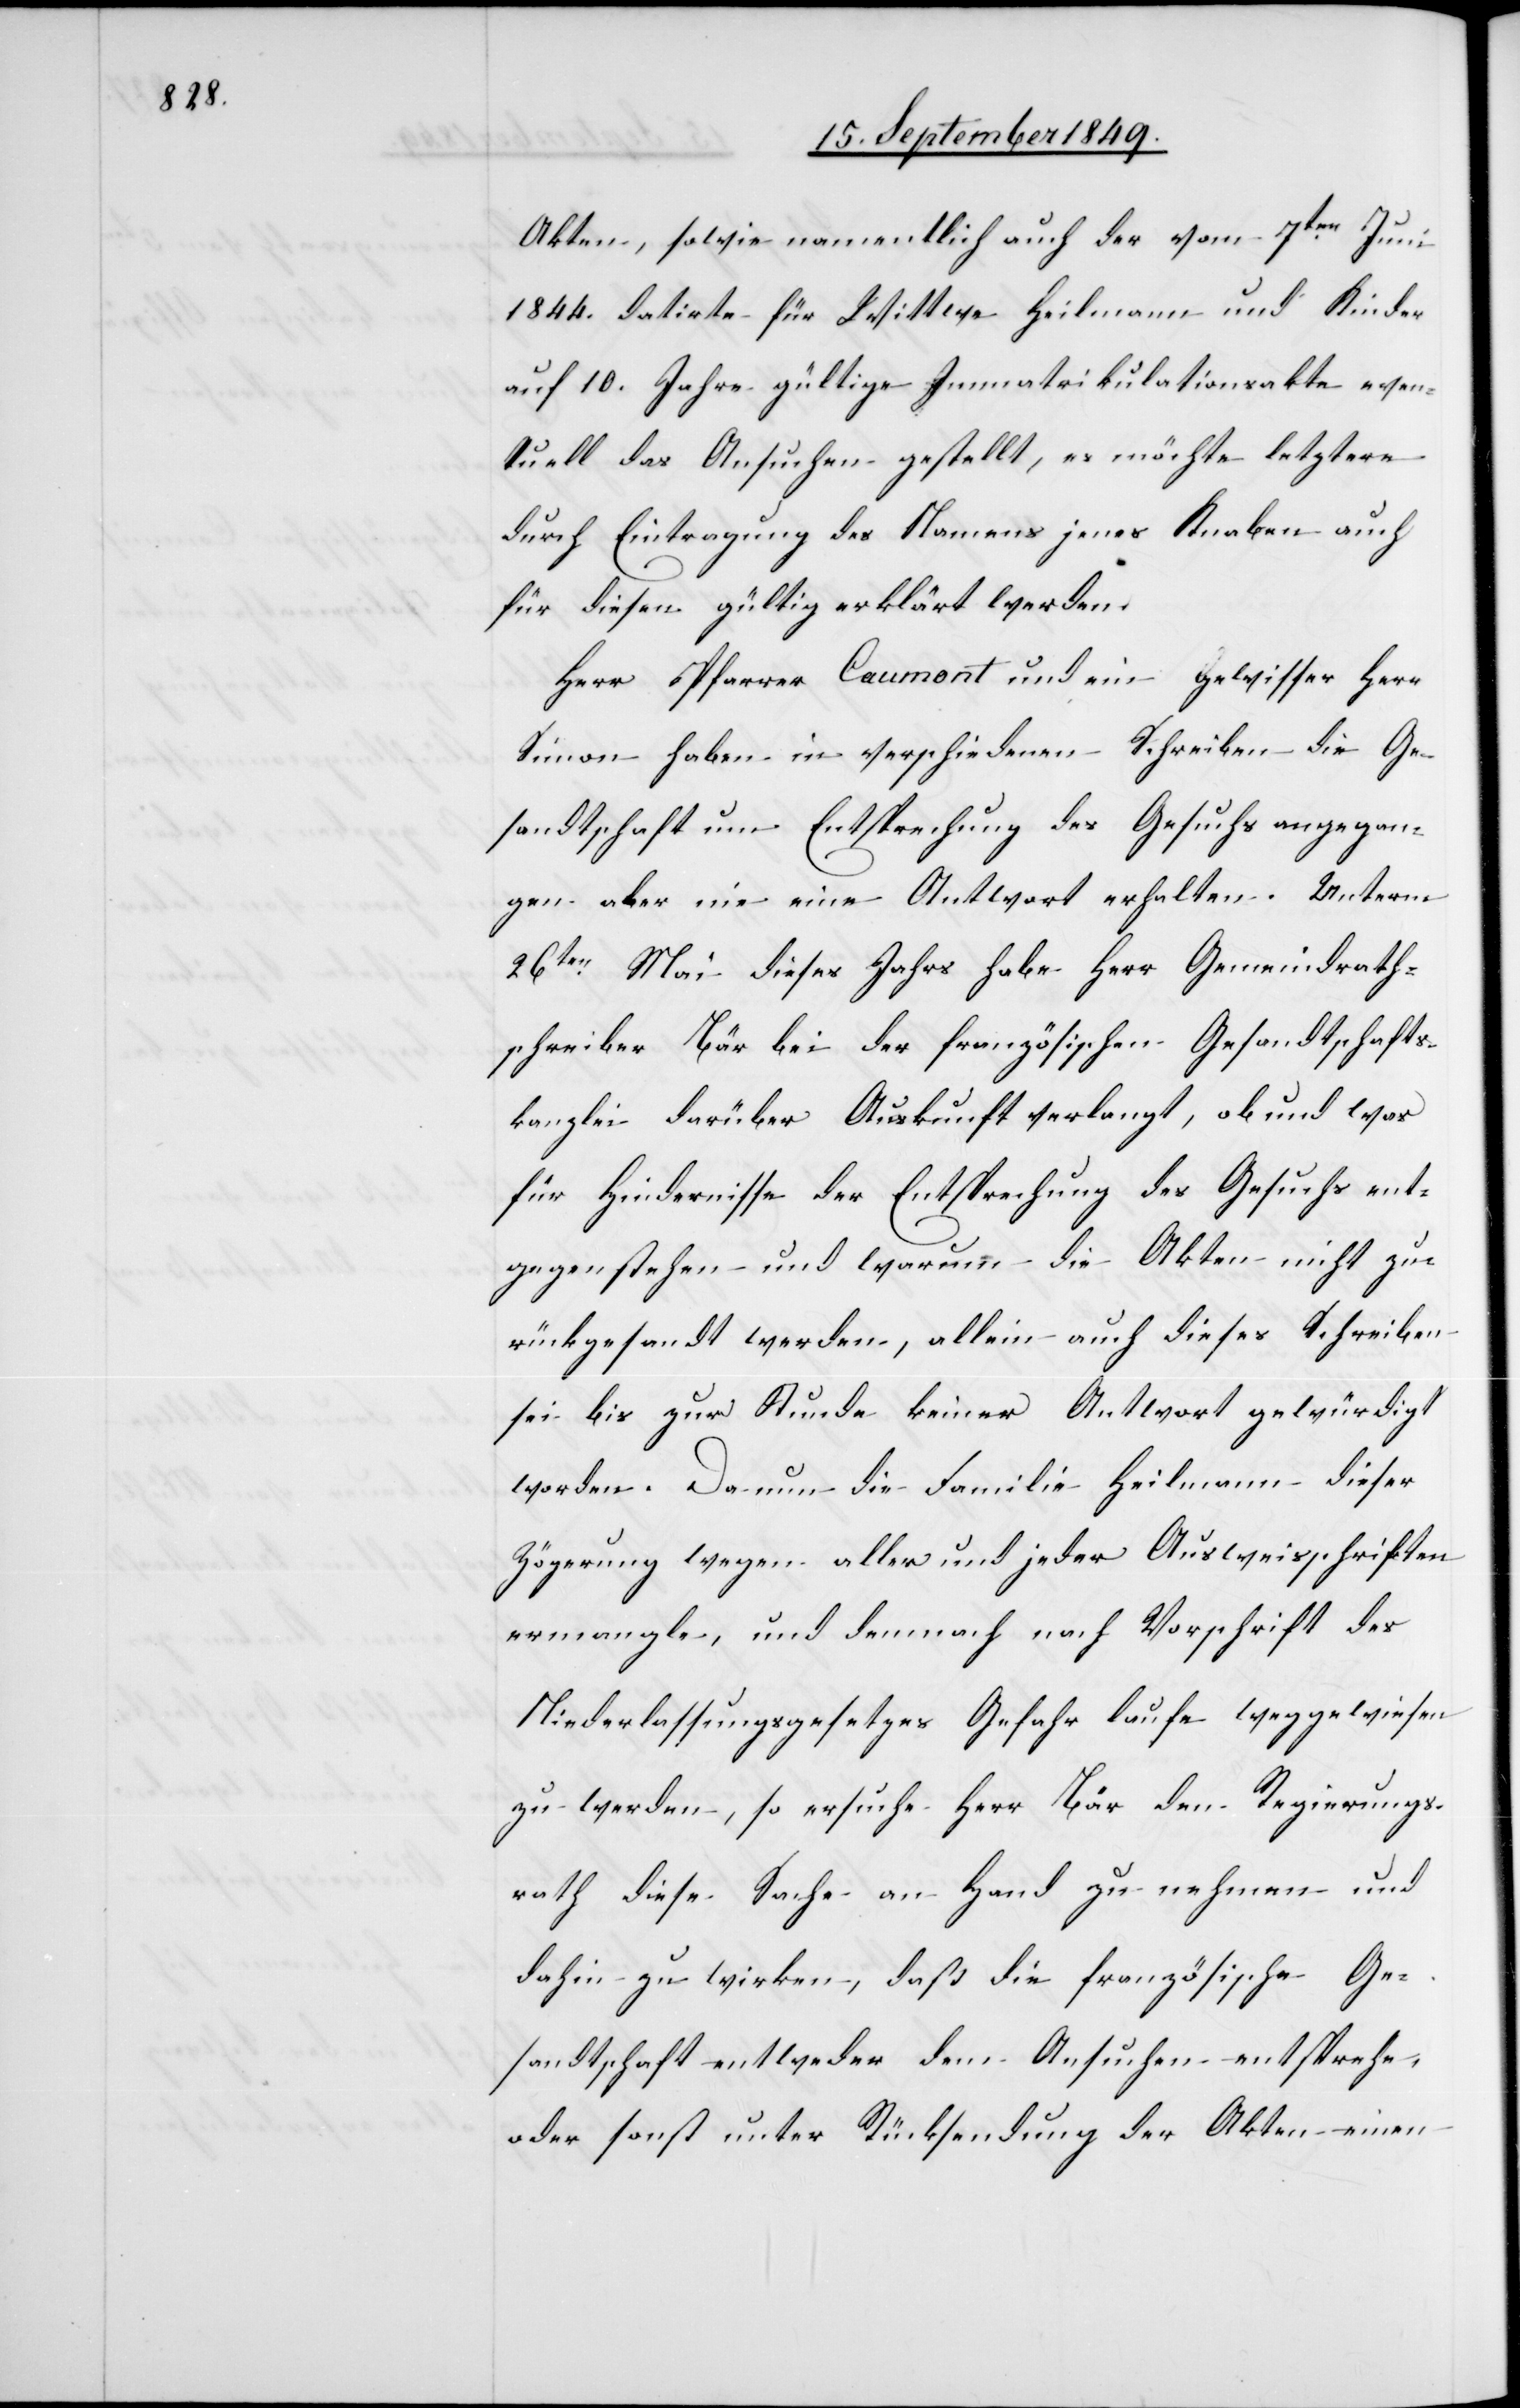
Akten, sowie namentlich auch der vom 7ten Juni
1844. datirte für Wittwe Heilmann und Kinder
auf 10. Jahre gültige Immatrikulationsakte even¬
tuell das Ansuchen gestellt, es möchte letztere
durch Eintragung des Namens jenes Knaben auch
für diesen gültig erklärt werden.
Herr Pfarrer Caumont und ein gewisser Herr
Simon haben in verschiedenen Schreiben die Ge¬
sandtschaft um Entsprechung des Gesuchs angegan¬
gen aber nie eine Antwort erhalten. Unterm
26ten Mai dieses Jahrs habe Herr Gemeindrath¬
schreiber Bär bei der französischen Gesandtschafts¬
kanzlei darüber Auskunft verlangt, ob und was
für Hindernisse der Entsprechung des Gesuchs ent¬
gegenstehen und warum die Akten nicht zu¬
rückgesandt werden, allein auch dieses Schreiben
sei bis zur Stunde keiner Antwort gewürdigt
worden. Da nun die Familie Heilmann dieser
Zögerung wegen aller und jeder Ausweisschriften
ermangle, und demnach nach Vorschrift des
Niederlassungsgesetzes Gefahr laufe weggewiesen
zu werden, so ersuche Herr Bär den Regierungs¬
rath diese Sache an Hand zu nehmen und
dahin zu wirken, daß die französische Ge¬
sandtschaft entweder dem Ansuchen entspreche,
oder sonst unter Rücksendung der Akten einen